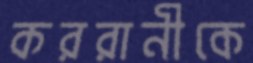
কররানীকে